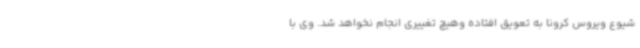
شیوع ویروس کرونا به تعویق افتاده وهیچ تغییری انجام نخواهد شد. وی با